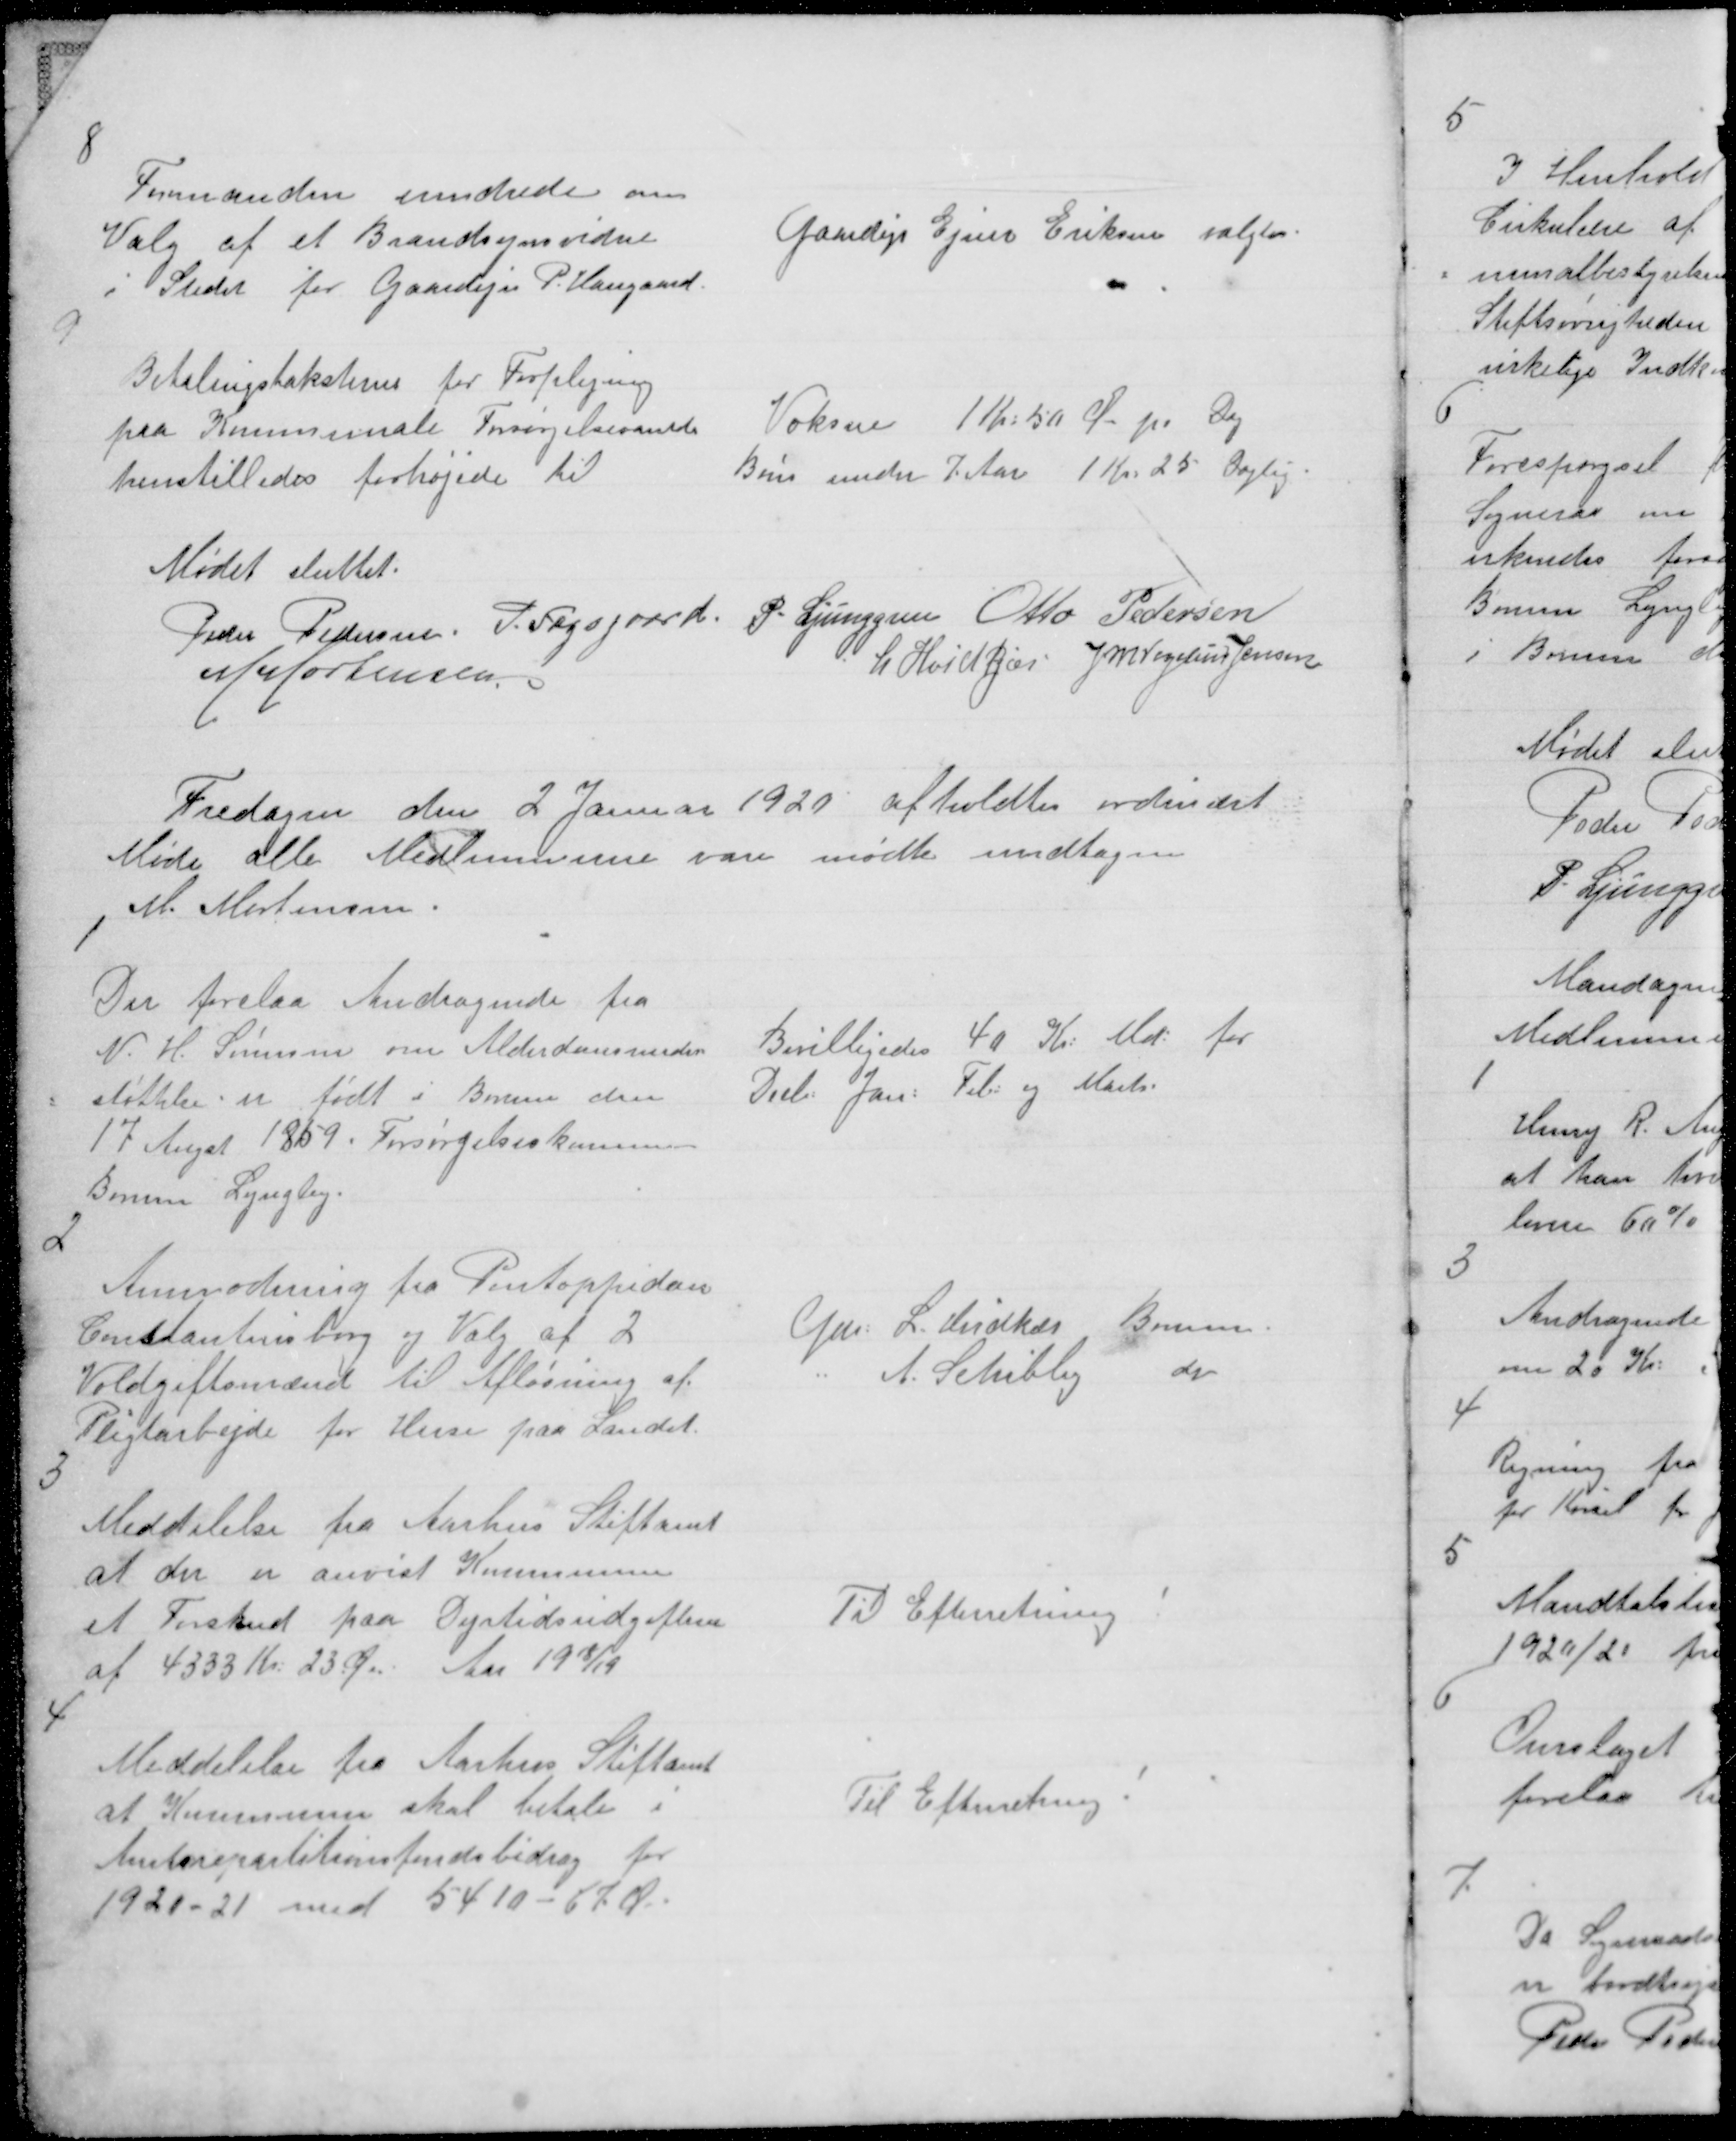
Transskription:
8

Formanden erindrede om
Valg af et Brandsynsvidne
i Stedet for Gaardejer P. Haugaard.

Gaardejer Ejner Eriksen valgtes.

9

Betalingstaksterne for Forplejning
paa Kommunale Forsørgelsesanst:
henstilledes forhøjede til

Voksne 1 Kr: 50 Ø. pr Dag
Børn under 7 Aar 1 Kr: 25 Daglig

Mødet sluttet
Peder Pedersen P. Fogsgaard P. Ljunggren Otto Pedersen
M Mortensen
L Hvidkjær J M Vogelius Jensen

Fredagen den 2 Januar 1920 afholdtes ordinært
Møde alle Medlemmerne vare mødte undtagen
M. Mortensen.

1

Der forelaa Andragende fra
N. H. Sørensen om Alderdomsunder
= støttelse er født i Borum den
17 Augst 1859. Forsørgelseskommune
Borum Lyngby.

Bevilligedes 40 Kr: Md: for
Decb: Jan: Feb: og Marts.

2

Anmodning fra Pontoppidan
Constantinsborg og Valg af 2
Voldgiftamænd til Afløsning af
Pligtarbejde for Huse paa Landet.

Gdr: L. Hvidkær Borum
"
A. Schibby
do

3

Meddelelse fra Aarhus Stiftamt
at der er anvist Kommunen
et Forskud paa Dyrtidsudgifterne
af 4333 Kr: 23 Øre
Aar 1918/19

Til Efterretning

4

Meddelelse fra Aarhus Stiftamt
at Kommunen skal betale i
Amtsrepartitionsfondsbidrag for
1920 - 21 med 5410 - 67 Ø.

Til Efterretning!